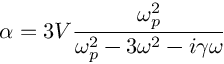
\alpha = 3 V { \frac { \omega _ { p } ^ { 2 } } { \omega _ { p } ^ { 2 } - 3 \omega ^ { 2 } - i \gamma \omega } }